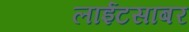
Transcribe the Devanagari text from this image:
लाईटसाबर